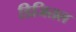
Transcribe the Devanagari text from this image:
डिजितल